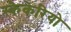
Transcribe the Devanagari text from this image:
स्कैकेरियो